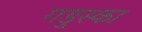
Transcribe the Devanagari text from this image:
गडुस्का